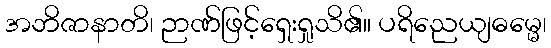
အဘိဇာနာတိ၊ ဉာဏ်ဖြင့်ရှေးရှုသိ၏။ ပရိညေယျဓမ္မေ၊